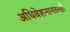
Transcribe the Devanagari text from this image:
अधिवेशनानंतरही